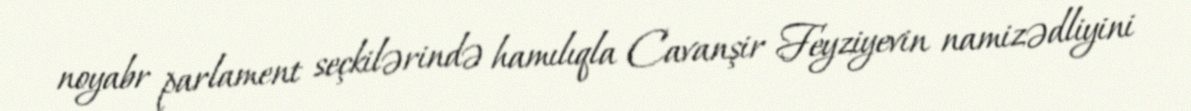
noyabr parlament seçkilərində hamılıqla Cavanşir Feyziyevin namizədliyini